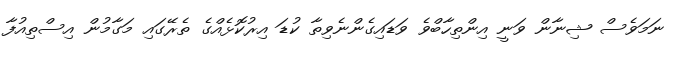
ނަމަވެސް ޝިނާން ވަނީ އިންތިހާބްވެ ވަޑައިގެންނެވިތާ ކުޑަ އިރުކޮޅެއްގެ ތެރޭގައި މަގާމުން އިސްތިއުފާ